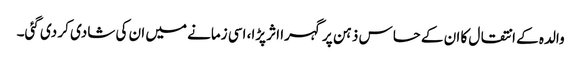
والدہ کے انتقال کا ان کے حساس ذہن پر گہرا اثر پڑا، اسی زمانے میں ان کی شادی کر دی گئی۔